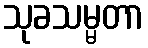
သုခသမ္မတာ